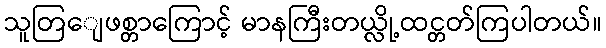
သူတြျေဖစ္တာကြောင့် မာနကြီးတယ္လို့ထင္တတ်ကြပါတယ်။